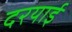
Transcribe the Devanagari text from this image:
दरयाई